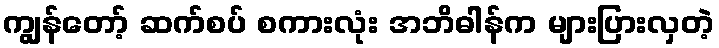
ကျွန်တော့် ဆက်စပ် စကားလုံး အဘိဓါန်က များပြားလှတဲ့